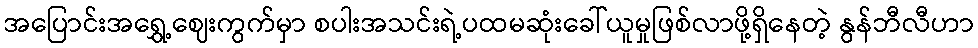
အပြောင်းအရွှေ့ဈေးကွက်မှာ စပါးအသင်းရဲ့ပထမဆုံးခေါ်ယူမှုဖြစ်လာဖို့ရှိနေတဲ့ နွန်ဘီလီဟာ